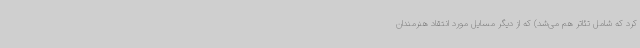
کرد که شامل تئاتر هم می‌شد) که از دیگر مسایل مورد انتقاد هنرمندان